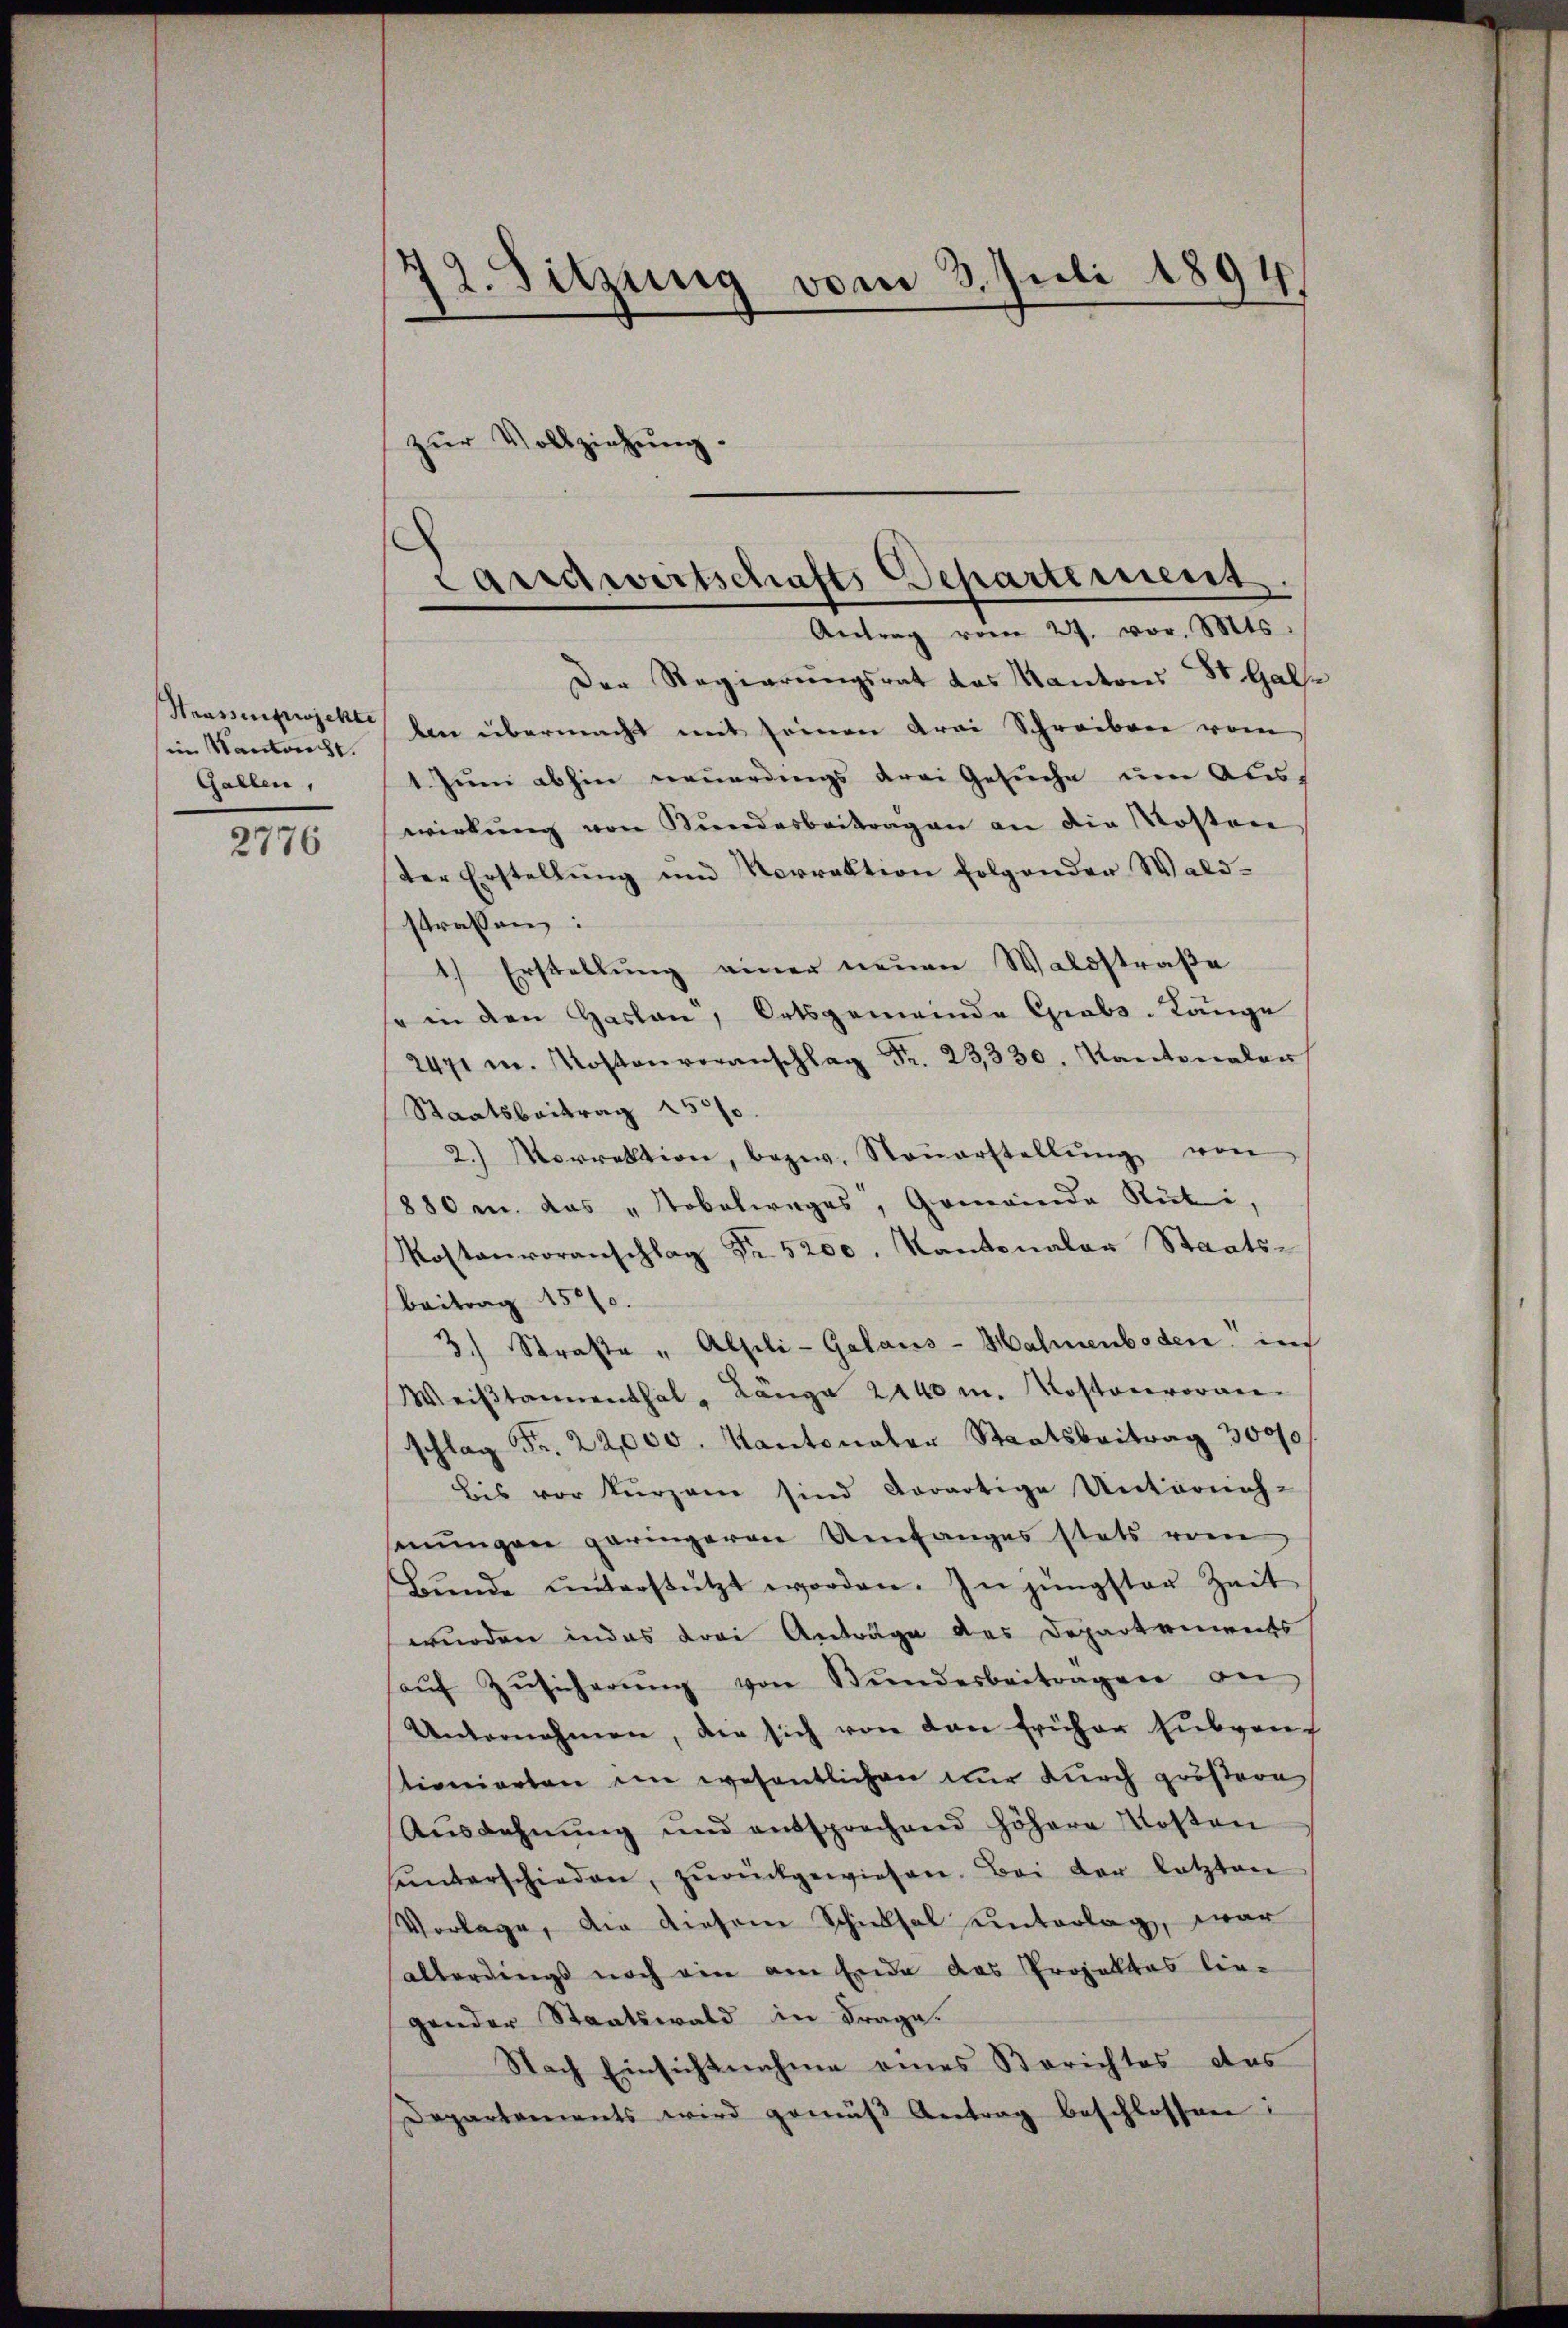
im Mandacht.
Gallen,

2776

12. Sitzung vom 3. Juli 1894

zur Vollziehung.

Landwirtschafts Departement.
Antrag vom 27. vor. Mts.

Der Regierungsrat des Kantons St. Gal¬
Trassenpwjekt den übermacht mit seinen Krai Schreiben vom
1 Juni abhin neuerdings drei Gesuche um Auswirkŭng von Bŭndesbeitragen an die Kosten
der Erstellung und Vorrektion folgender Waldstrassen:
1.) Erstellung einer neuen Waldstraße
so in den Haslen, Ortsgemeinde Grabs-Länge
2471 m. Kostenvoranschlag Fr. 23330. Kantonalen
Staatsbeitrag 2500
2. Norrektion, bezw. Steŭerstellŭng von
880 m. das „Tobelwages, Gemeinde Rüti,
Kostenvoranschlag Fr. 5200. Kantonaler Staats-
Beitrag 1500.
3) Straβe " Alsili-Galans-Hahnenboden in
Weiβtamenthal, Länge 2140 m. Kostenvoran
schlag Fr. 22,000. Kantonaler Staatsbeitrag 3000
bis vor kurzem sind derartige Unterneh-
senungen geringeren Umfanges stets vom
Bŭnde ŭnterstützt worden. In jüngster Zeit
wurden indes drei Anträge des Departements
aŭf Zŭsicherŭng von Bŭndesbeitragen an
Unternehmen, die sich von den früher Eubven
stionierten im wesentlichen nur durch größere
Aŭsdahnŭng und entsprechend höhere Kosten
sunterschieden, zŭrückgewiesen. Bei der letzten
Vorlage, die diesem Schicksal unterlag, war
allerdings noch ein am Ende das Projektes lie-
gender Staatswald in Frage.
Nach Einsichtnahme eines Berichtes des
Departements wird gemäβ Antrag beschlossen: